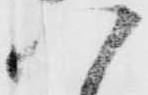
八